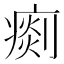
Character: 𤸹